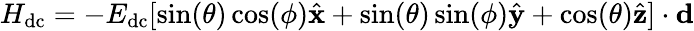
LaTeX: H_{\mathrm{dc}}=-E_{\mathrm{dc}}[\sin(\theta)\cos(\phi){\hat{\mathbf x}}+\sin(\theta)\sin(\phi){\hat{\mathbf y}}+\cos(\theta){\hat{\mathbf z}}]\cdot\mathbf{d}